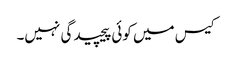
کیس میں کوئی پیچیدگی نہیں۔